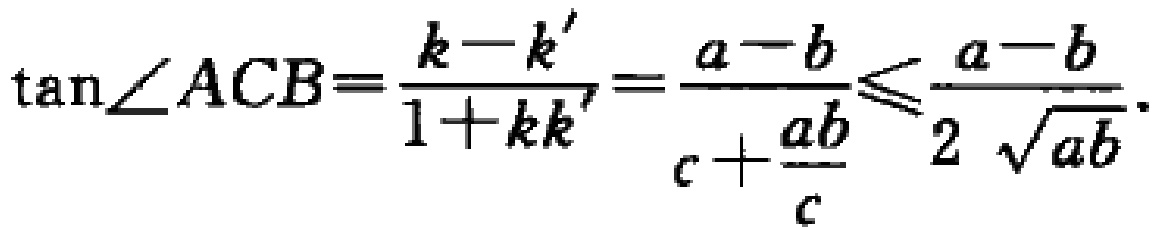
\(\tan\angle ACB=\frac{k - k'}{1 + kk'}=\frac{a - b}{c+\frac{ab}{c}}\leqslant\frac{a - b}{2\sqrt{ab}}\).